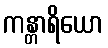
ကန္တာရိယော